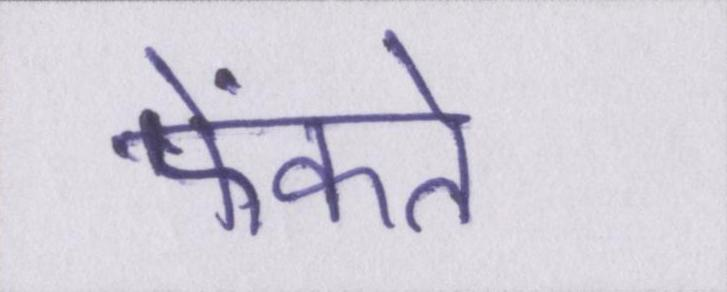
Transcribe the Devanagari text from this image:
फेंकते